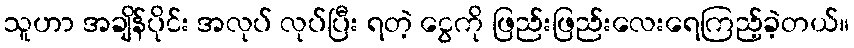
သူဟာ အချိန်ပိုင်း အလုပ် လုပ်ပြီး ရတဲ့ ငွေကို ဖြည်းဖြည်းလေးရေကြည့်ခဲ့တယ်။